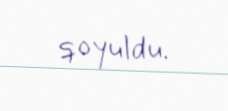
qoyuldu.